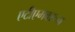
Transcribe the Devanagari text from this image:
एटीएमवरून